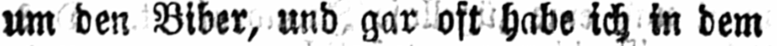
um den Biber, und gar oft habe ich in dem